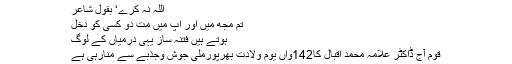
اللہ نہ کرے‘ بقول شاعر
تم مجھ میں اور آپ میں مت دو کسی کو دخل
ہوتے ہیں فتنہ ساز یہی درمیاں کے لوگ
قوم آج ڈاکٹر علامہ محمد اقبال کا142واں یوم ولادت بھرپورملی جوش وجذبے سے منارہی ہے